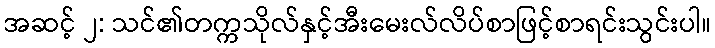
အဆင့် ၂: သင်၏တက္ကသိုလ်နှင့်အီးမေးလ်လိပ်စာဖြင့်စာရင်းသွင်းပါ။